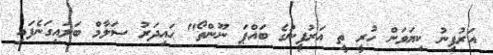
އަރުފިނު ކިޔަވަން ހުރީ ތީ އަރުފީނުގެ ބައްޕަ ނޫންތޯ" ޙައިދަރު ސަލާމް ބަލައިގަނެފައި